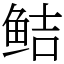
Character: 鲒